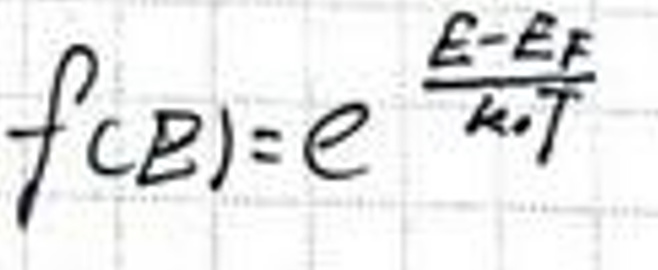
$f(E)=\ e^{\frac{E-E_{F}}{k_{B}T}}$